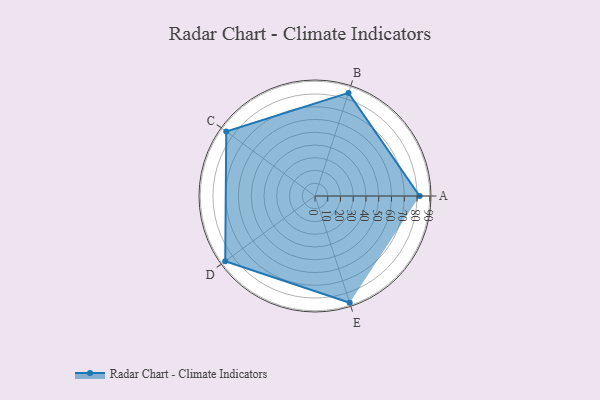
{"axis": {"x": "Skill", "y": "Score"}, "legend": ["Profile"], "data": [{"x": "A", "y": 82.0, "type": "Profile"}, {"x": "B", "y": 85.0, "type": "Profile"}, {"x": "C", "y": 86.0, "type": "Profile"}, {"x": "D", "y": 87.0, "type": "Profile"}, {"x": "E", "y": 88.0, "type": "Profile"}]}